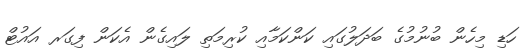
ހަޑި މިހެން ބުނުމުގެ ބަދަލުގައި ކަންކަމާއި ކުރިމަތި ލައިގެން އެކަން ފިގަރ އައުޓް